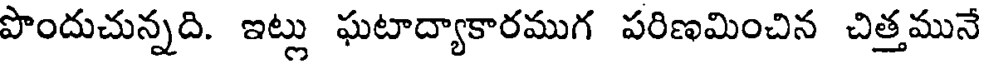
పొందుచున్నది. ఇట్లు ఘటాద్యాకారముగ పరిణమించిన చిత్తమునే